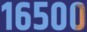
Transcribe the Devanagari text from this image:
१६५००